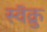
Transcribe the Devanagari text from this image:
स्वॅक्रु